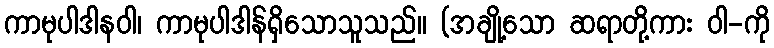
ကာမုပါဒါနဝါ၊ ကာမုပါဒါန်ရှိသောသူသည်။ (အချို့သော ဆရာတို့ကား ဝါ-ကို